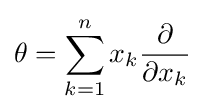
\theta =\sum _{k=1}^{n}x_{k}{\frac {\partial }{\partial x_{k}}}